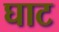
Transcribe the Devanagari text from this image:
घाट